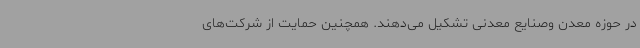
در حوزه معدن وصنایع معدنی تشکیل می‌دهند. همچنین حمایت از شرکت‌های